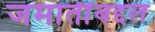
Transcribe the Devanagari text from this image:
जमातींबद्दल